Civil Veterinary Dept. Bombay admin report 1893-99 - 1893-1899
Year: 1893
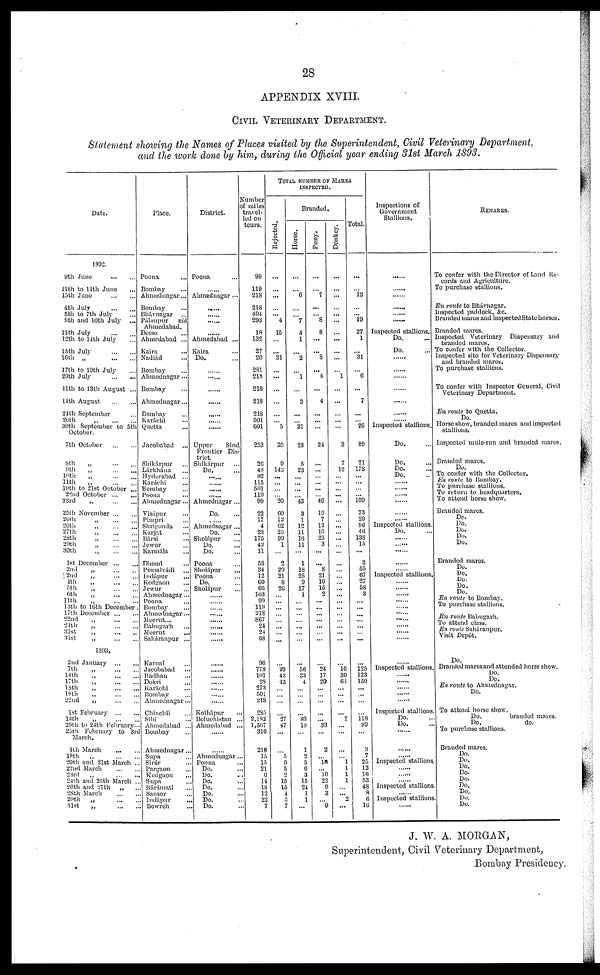
28
APPENDIX XVIII.
CIVIL VETERINARY DEPARTMENT.
Statement showing the Names of Places visited by the Superintendent, Civil Veterinary Department,
and the work done by him, during the Official year ending 31st March 1893.
Date.
1802.
9th June ... ...
11th to 14th June ...
15th June
...
...
4th July ... ...
5th to 7th July ...
9th and 10th
July ...
11th July ... ...
12th to 14th July ...
15th July ... ...
16th „ ... ...
17th to 19th July ...
20th July
...
...
11th to 13th August ...
14th August
...
...
24th September ...
26th
„ ... ...
30th September to 5th
October.
7th October
...
...
8th „ ... ...
9th
„ ... ...
10th „ ... ...
11th „ ... ...
19th to 21st October ...
22nd October
...
...
23rd „ ... ...
25th November ... ...
26th „ ... ...
26th „ ... ...
27th „ ... ...
28th
„ ... ...
29th
„ ... ...
30th
„
...
...
1st December ... ...
2nd „ ... ...
2nd „ ... ...
4th
„ ... ...
5th „ ... ....
6th „ ... ...
11th „ ... ...
13th to 16th December.
17th
December... ...
22nd „ ... ...
24th „ ... ...
31st „ ... ..
31st
„
...
...
1893.
2nd January
...
...
7th „ ... ...
14th „ ... ...
17th „ ... ...
18th „ ... ...
19th „ ... ...
22nd
„
...
...
1st February
...
...
13th
„
...
...
20th to 24th February...
25th February to 3rd
March.
4th March
...
...
19th
„ ... ...
20th and 21st March ...
22nd March
...
...
23rd
„
...
...
24th and 25th March ...
26th and 27th „ ...
28th March
...
...
29th „ ... ...
31st
„
...
...
Place.
Poona ...
Bombay ...
Ahmednagar...
Bombay ...
Bhávnagar ....
Pálanpur
viâ
Ahmedabad.
Deesa ...
Ahmedabad ...
Kaira ...
Nadiád ...
Bombay ...
Ahmednagar...
Bombay ...
Ahmednagar...
Bombay ...
Karáchi ...
Quetta ...
Jacobabad ...
Shikárpur ...
Lárkhána ...
Hyderabad ...
Karachi ...
Bombay ...
Poona ...
Ahmednagar...
Visápur ...
Pimpri ...
Shrigonda ...
Karjat ...
Bársi ...
Jewur ...
Karmála ...
Dhond ...
Pomalvádi ...
Indápur ...
Kedgaon ...
Jewur ...
Ahmednagar ...
Poona ...
Bombay ...
Ahmednagar ...
Meerut ...
Babuagarh ...
Meerut ...
Saháranpur ...
Karnal ...
Jacobabad ...
Radhan ...
Dokri ...
Karáchl ...
Bombay ...
Ahmednagar...
Chinchli ...
Sibi ...
Ahmedabad ...
Bombay ...
Ahmednagar...
Supa ...
Sirúr ...
Pargaon ...
Kedgaon ...
Supa ...
Bárámati ...
Sansor ...
Indápur ...
Bowreh ...
District.
Poona ...
......
Ahmednagar ...
......
......
......
......
Ahmedabad ...
Kaira ...
Do.
......
......
......
......
......
......
......
Upper
Sind
Frontier Dis-
trict.
Shikárpur ...
Do.
......
......
......
......
Ahmednagar ...
Do. ...
......
Ahmednagar ...
Do. ...
Sholápur ...
Do. ...
Do. ...
Poona
Sholápur ...
Poona ...
Do. ...
Sholápur ...
......
......
......
......
......
......
......
......
......
......
......
......
......
......
......
Kolhápur ...
Beluchistan ...
Ahmedabad ...
......
......
Ahmednagar ...
Poona ...
Do. ...
Do. ...
Do. ...
Do. ...
Do. ...
Do. ...
Do. ...
Number
of miles
travel-
led on
tours.
99
119
218
218
494
293
18
132
27
20
281
218
218
218
218
501
601
253
26
43
82
115
501
119
99
22
17
4
23
175
42
11
58
34
12
60
66
103
99
119
218
867
24
24
68
96
778
101
28
273
501
218
285
2,182
1,507
310
218
15
15
21
6
14
18
12
22
7
TOTAL NUMBER OF MARES
INSPECTED.
Rej ect ed.
...
...
...
...
...
4
15
...
...
21
...
...
...
...
...
5
39
9
143
...
...
...
...
20
60
12
62
25
99
1
...
2
20
21
8
20
...
...
...
...
...
...
...
...
...
29
43
45
...
...
...
...
27
47
...
...
5
9
5
2
15
15
4
3 7
Branded.
Horse.
...
...
6
...
...
7
4
1
...
2
...
1
...
3
...
...
21
23
5
23
...
...
...
...
43
3
1
12
11
16
11
...
1
18
25
9
17
1
...
...
...
...
...
...
...
...
56
33
4
...
...
...
...
89
19
...
1
2
5
6
3
15
24
1
1
...
Pony.
...
...
7
...
...
8
8
...
...
8
...
4
...
4
...
...
...
24
...
...
...
...
...
...
46
10
7
12
10
23
3
...
...
8
21
10
15
2
...
...
...
...
...
...
...
...
24
17
20
...
...
...
...
...
33
...
2
...
10
...
10
22
9
3
...
9
Donkey.
...
...
...
...
...
...
...
...
...
...
...
1
...
...
...
...
...
3
7
12
...
...
...
...
...
...
...
...
...
...
...
...
...
...
...
...
...
...
...
...
...
...
...
...
...
16
30
64
...
...
...
...
2
...
...
...
...
1
1
1
1
...
2
...
Total.
...
...
13
...
...
19
27
1
...
31
...
6
...
7
...
...
26
89
21
178
...
...
...
...
109
73
20
86
46
138
15
...
3
55
67
27
58
3
...
...
...
...
...
...
...
...
125
123
150
...
...
...
...
118
90
...
3
7
25
12
16
53
48
8
6
16
Inspections of
Government
Stallions.
......
.........
.........
.........
.........
.........
Inspected stallions.
Do. ...
Do. ...
......
......
......
......
......
......
......
Inspected stallions.
Do. ...
Do.
Do. ...
Do. ...
......
......
......
......
......
......
Inspected stallions.
Do. ...
......
......
......
......
Inspected stallions.
......
......
......
......
......
......
......
......
......
......
......
Inspected stallions.
......
......
......
......
......
Inspected stallions
Do. ...
Do. ...
......
......
......
Inspected stallions.
......
......
......
Inspected stallions
......
Inspected stallions
......
REMARKS.
To confer with the Director of Land Re-
cords and Agriculture.
To purchase stallions.
En route to Bhávnagar.
Inspected paddock, &c.
Branded mares and inspected State horses.
Branded mares.
Inspected Veterinary Dispensary and
branded mares.
To confer with the Collector.
Inspected site for Veterinary Dispensary
and branded mares.
To purchase stallions.
To confer with Inspector General, Civil
Veterinary Department.
En route to Quetta.
Do.
Horse show, branded mares and inspected
stallions.
Inspected mule-run and branded mares,
Branded mares.
Do.
To confer with the Collector.
En route to Bombay.
To purchase stallions.
To return to headquarters.
To attend horse show.
Branded mares.
Do.
Do.
Do.
Do.
Do.
Branded mares.
Do.
Do.
Do.
Do.
Do.
En route to Bombay.
To purchase stallions,
En route Babugarh.
To attend class.
En route Saháranpur.
Visit Depôt.
Do.
Branded mares and attended horse show.
Do.
Do.
En route to Ahmednagar.
Do.
To attend horse show.
Do.
branded mates.
Do.
do.
To purchase stallions.
Branded mares.
Do.
Do.
Do.
Do.
Do.
Do.
Do.
Do.
Do.
J. W. A. MORGAN,
Superintendent, Civil Veterinary Department,
Bombay Presidency.